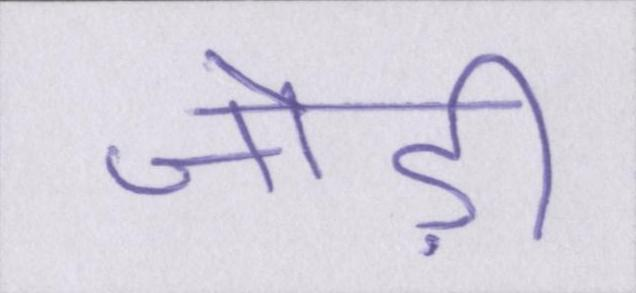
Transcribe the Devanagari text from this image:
जोड़ी